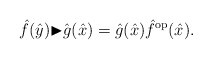
\begin{gather*}\hat{f}(\hat{y}){\blacktriangleright}\hat{g}(\hat{x})=\hat{g}(\hat{x})\hat{f}^{\rm op}(\hat{x}).\end{gather*}